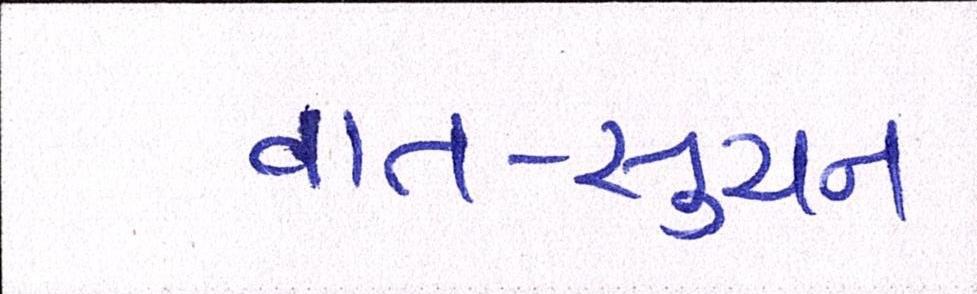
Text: વાત-સુચન